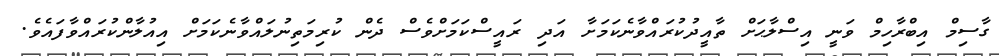
ގާސިމް އިބްރާހިމް ވަނީ އިސްލާޙަށް ތާއީދުކުރައްވާނެކަމަށާ އަދި ރައީސްކަމަށްވެސް ދެން ކުރިމަތިނުލައްވާނެކަމަށް އިއުލާންކުރައްވާފައެވެ.